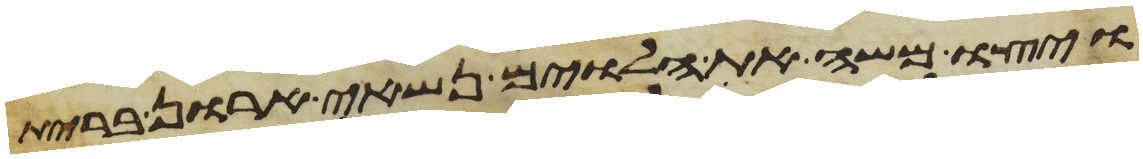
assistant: ויצו משה את הלוים נשאי ארון ברית